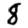
Digit: 8